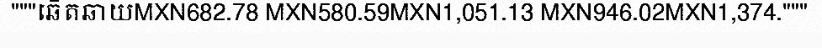
"""ឆើតឆាយMXN682.78 MXN580.59MXN1,051.13 MXN946.02MXN1,374."""